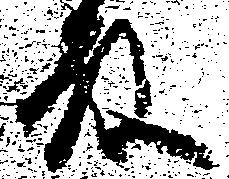
殿